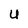
Character: U